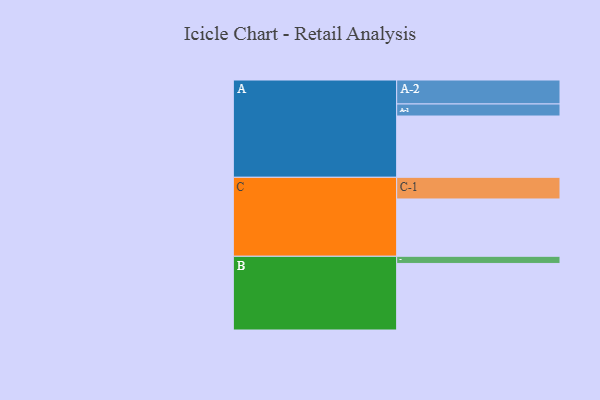
{"axis": {"x": "Segment", "y": "Value"}, "legend": ["", "A", "B", "C"], "data": [{"x": "A", "y": 478, "type": ""}, {"x": "B", "y": 519, "type": ""}, {"x": "C", "y": 447, "type": ""}, {"x": "A-1", "y": 94, "type": "A"}, {"x": "A-2", "y": 187, "type": "A"}, {"x": "B-1", "y": 56, "type": "B"}, {"x": "C-1", "y": 169, "type": "C"}]}